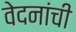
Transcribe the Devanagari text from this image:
वेदनांची